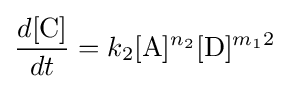
{\frac {d[{\ce {C}}]}{dt}}=k_{2}[{\ce {A}}]^{n_{2}}[{\ce {D}}]^{m_{1}2}